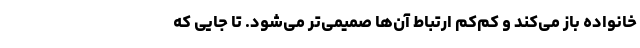
خانواده باز می‌کند و کم‌کم ارتباط آن‌ها صمیمی‌تر می‌شود. تا جایی که